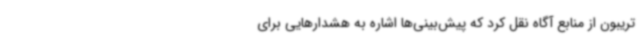
تریبون از منابع آگاه نقل کرد که پیش‌بینی‌ها اشاره به هشدارهایی برای